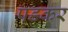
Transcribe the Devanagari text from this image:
पडकर